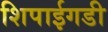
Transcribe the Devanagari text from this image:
शिपाईगडी